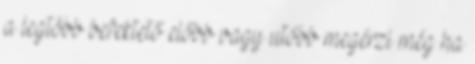
a legtöbb befektető előbb vagy utóbb megérzi még ha